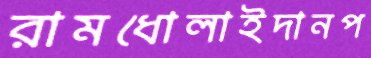
রামধোলাইদানপ